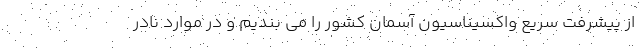
از پیشرفت سریع واکسیناسیون آسمان کشور را می بندیم و در موارد نادر